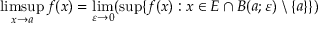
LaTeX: \operatorname* { l i m s u p } _ { x \to a } f ( x ) = \operatorname* { l i m } _ { \varepsilon \to 0 } ( \operatorname* { s u p } \{ f ( x ) : x \in E \cap B ( a ; \varepsilon ) \setminus \{ a \} \} )